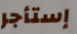
إستأجر